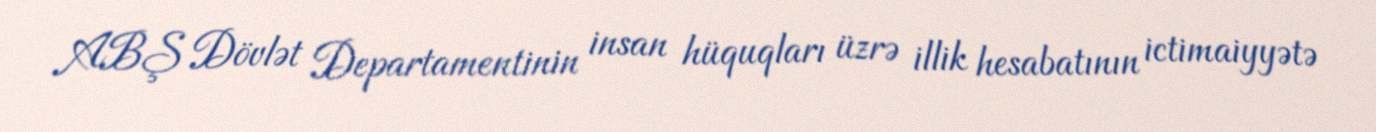
ABŞ Dövlət Departamentinin insan hüquqları üzrə illik hesabatının ictimaiyyətə